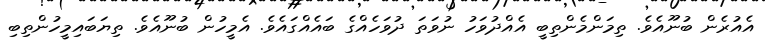
އެއުރެން ބުނޫއެވެ. ތިމަންމެންތިބީ އެއްދުވަހު ނުވަތަ ދުވަހެއްގެ ބައެއްގައެވެ. އެމީހުން ބުނޫއެވެ. ތިޔަބައިމީހުންތިބި